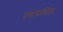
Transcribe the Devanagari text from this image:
प्रयत्यभिज्ञा